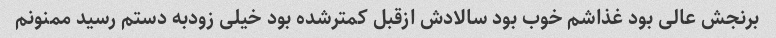
برنجش عالی بود غذاشم خوب بود سالادش ازقبل کمترشده بود خیلی زودبه دستم رسید ممنونم